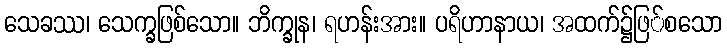
သေခဿ၊ သေက္ခဖြစ်သော။ ဘိက္ခုန၊ ရဟန်းအား။ ပရိဟာနာယ၊ အထက်၌ဖြ်စသော